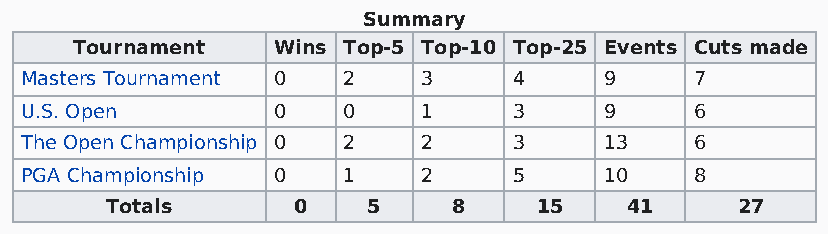
Summary
 Tournament   Wins Top-5 Top-10 Top-25 Events Cuts made
 Masters Tournament 0  2    3     4     9     7
 U.S. Open        0    0    1     3     9     6
 The Open Championship 0 2  2     3     13    6
 PGA Championship 0    1    2     5     10    8
 Totals      0    5     8    15    41      27